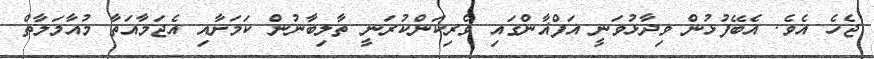
ޖެހެ އެވެ. އެބޭފުޅުން ވިދާޅުވަނީ އަފްޣާންގައި ވެރިކަންކުރަނީ ތާލިބާނުން ކަމަށާއި އެޖަމާއަތާ މުއާމަލާތް